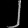
Digit: ၂